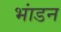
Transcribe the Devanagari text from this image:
भांडन